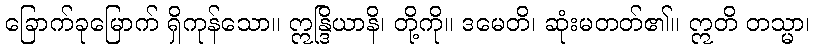
ခြောက်ခုမြောက် ရှိကုန်သော။ ဣန္ဒြိယာနိ၊ တို့ကို။ ဒမေတိ၊ ဆုံးမတတ်၏။ ဣတိ တသ္မာ၊